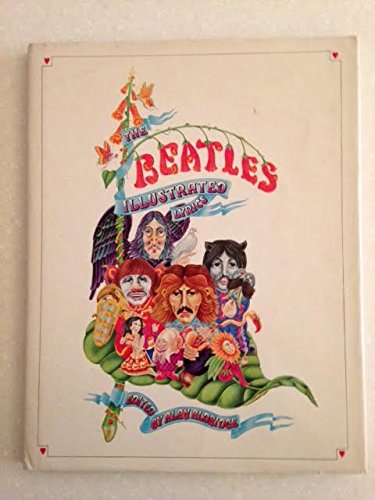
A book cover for The Beatles Illustrated Lyrics; Humor & Entertainment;